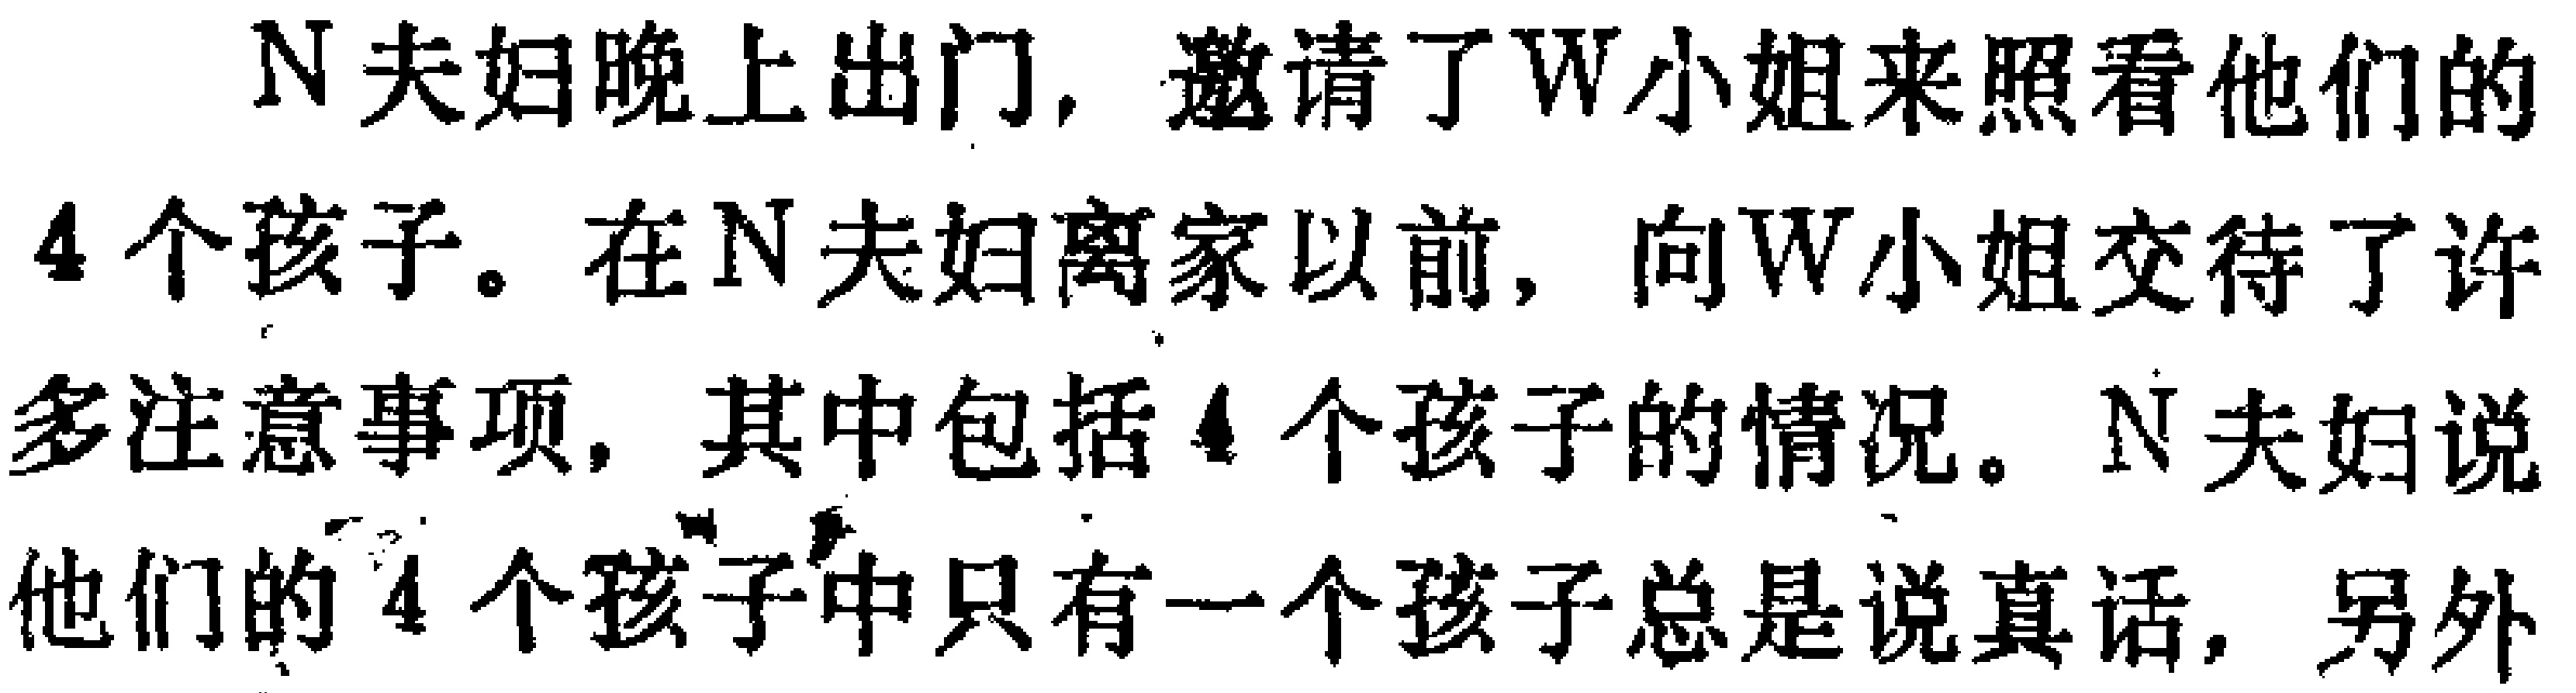
N夫妇晚上出门，邀请了W小姐来照看他们的4个孩子。在N夫妇离家以前，向W小姐交待了许多注意事项，其中包括4个孩子的情况。N夫妇说他们的4个孩子中只有一个孩子总是说真话，另外